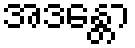
အဒန္တော